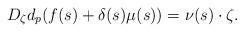
LaTeX: \begin{align*}D_{\zeta}d_{p}(f(s)+\delta(s)\mu(s))=\nu(s)\cdot\zeta.\end{align*}